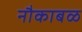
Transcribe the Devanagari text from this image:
नौकाबळ